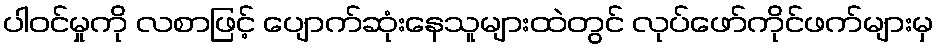
ပါဝင်မှုကို လစာဖြင့် ပျောက်ဆုံးနေသူများထဲတွင် လုပ်ဖော်ကိုင်ဖက်များမှ